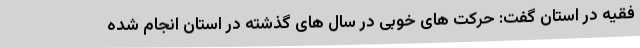
فقیه در استان گفت: حرکت های خوبی در سال های گذشته در استان انجام شده